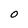
Character: O